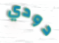
دودي